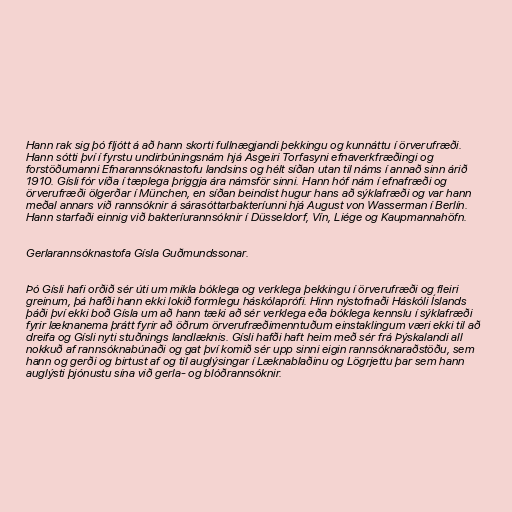
Hann rak sig þó fljótt á að hann skorti fullnægjandi þekkingu og kunnáttu í örverufræði.
Hann sótti því í fyrstu undirbúningsnám hjá Ásgeiri Torfasyni efnaverkfræðingi og
forstöðumanni Efnarannsóknastofu landsins og hélt síðan utan til náms í annað sinn árið
1910. Gísli fór víða í tæplega þriggja ára námsför sinni. Hann hóf nám í efnafræði og
örverufræði ölgerðar í München, en síðan beindist hugur hans að sýklafræði og var hann
meðal annars við rannsóknir á sárasóttarbakteríunni hjá August von Wasserman í Berlín.
Hann starfaði einnig við bakteríurannsóknir í Düsseldorf, Vín, Liége og Kaupmannahöfn.

Gerlarannsóknastofa Gísla Guðmundssonar.

Þó Gísli hafi orðið sér úti um mikla bóklega og verklega þekkingu í örverufræði og fleiri
greinum, þá hafði hann ekki lokið formlegu háskólaprófi. Hinn nýstofnaði Háskóli Íslands
þáði því ekki boð Gísla um að hann tæki að sér verklega eða bóklega kennslu í sýklafræði
fyrir læknanema þrátt fyrir að öðrum örverufræðimenntuðum einstaklingum væri ekki til að
dreifa og Gísli nyti stuðnings landlæknis. Gísli hafði haft heim með sér frá Þýskalandi all
nokkuð af rannsóknabúnaði og gat því komið sér upp sinni eigin rannsóknaraðstöðu, sem
hann og gerði og birtust af og til auglýsingar í Læknablaðinu og Lögrjettu þar sem hann
auglýsti þjónustu sína við gerla- og blóðrannsóknir.